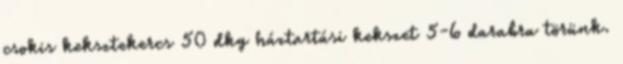
csokis keksztekercs 50 dkg háztartási kekszet 5-6 darabra törünk.